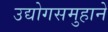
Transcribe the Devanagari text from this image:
उद्योगसमुहाने